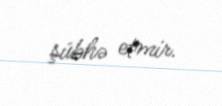
şübhə etmir.